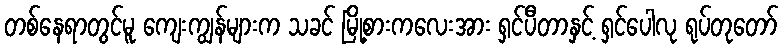
တစ်နေရာတွင်မူ ကျေးကျွန်များက သခင် မြို့စားကလေးအား ရှင်ပီတာနှင့် ရှင်ပေါလု ရုပ်တုတော်